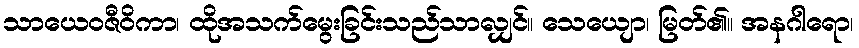
သာယေဝဇီဝိကာ၊ ထိုအသက်မွေးခြင်းသည်သာလျှင်။ သေယျော၊ မြတ်၏။ အနဂါရော၊